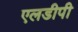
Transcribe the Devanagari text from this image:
एलडीपी